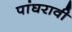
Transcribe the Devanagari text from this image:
पांघरावी